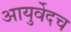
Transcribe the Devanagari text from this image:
आयुर्वेदच